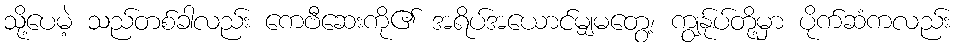
သို့ပေမဲ့ သည်တစ်ခါလည်း ကေဗီဆေးကို၏ အရိပ်အယောင်မျှမတွေ့၊ ကျွန်ုပ်တို့မှာ ပိုက်ဆံကလည်း